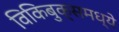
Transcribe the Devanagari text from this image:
विकिबुक्समध्ये